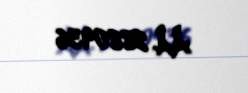
AA 2880936